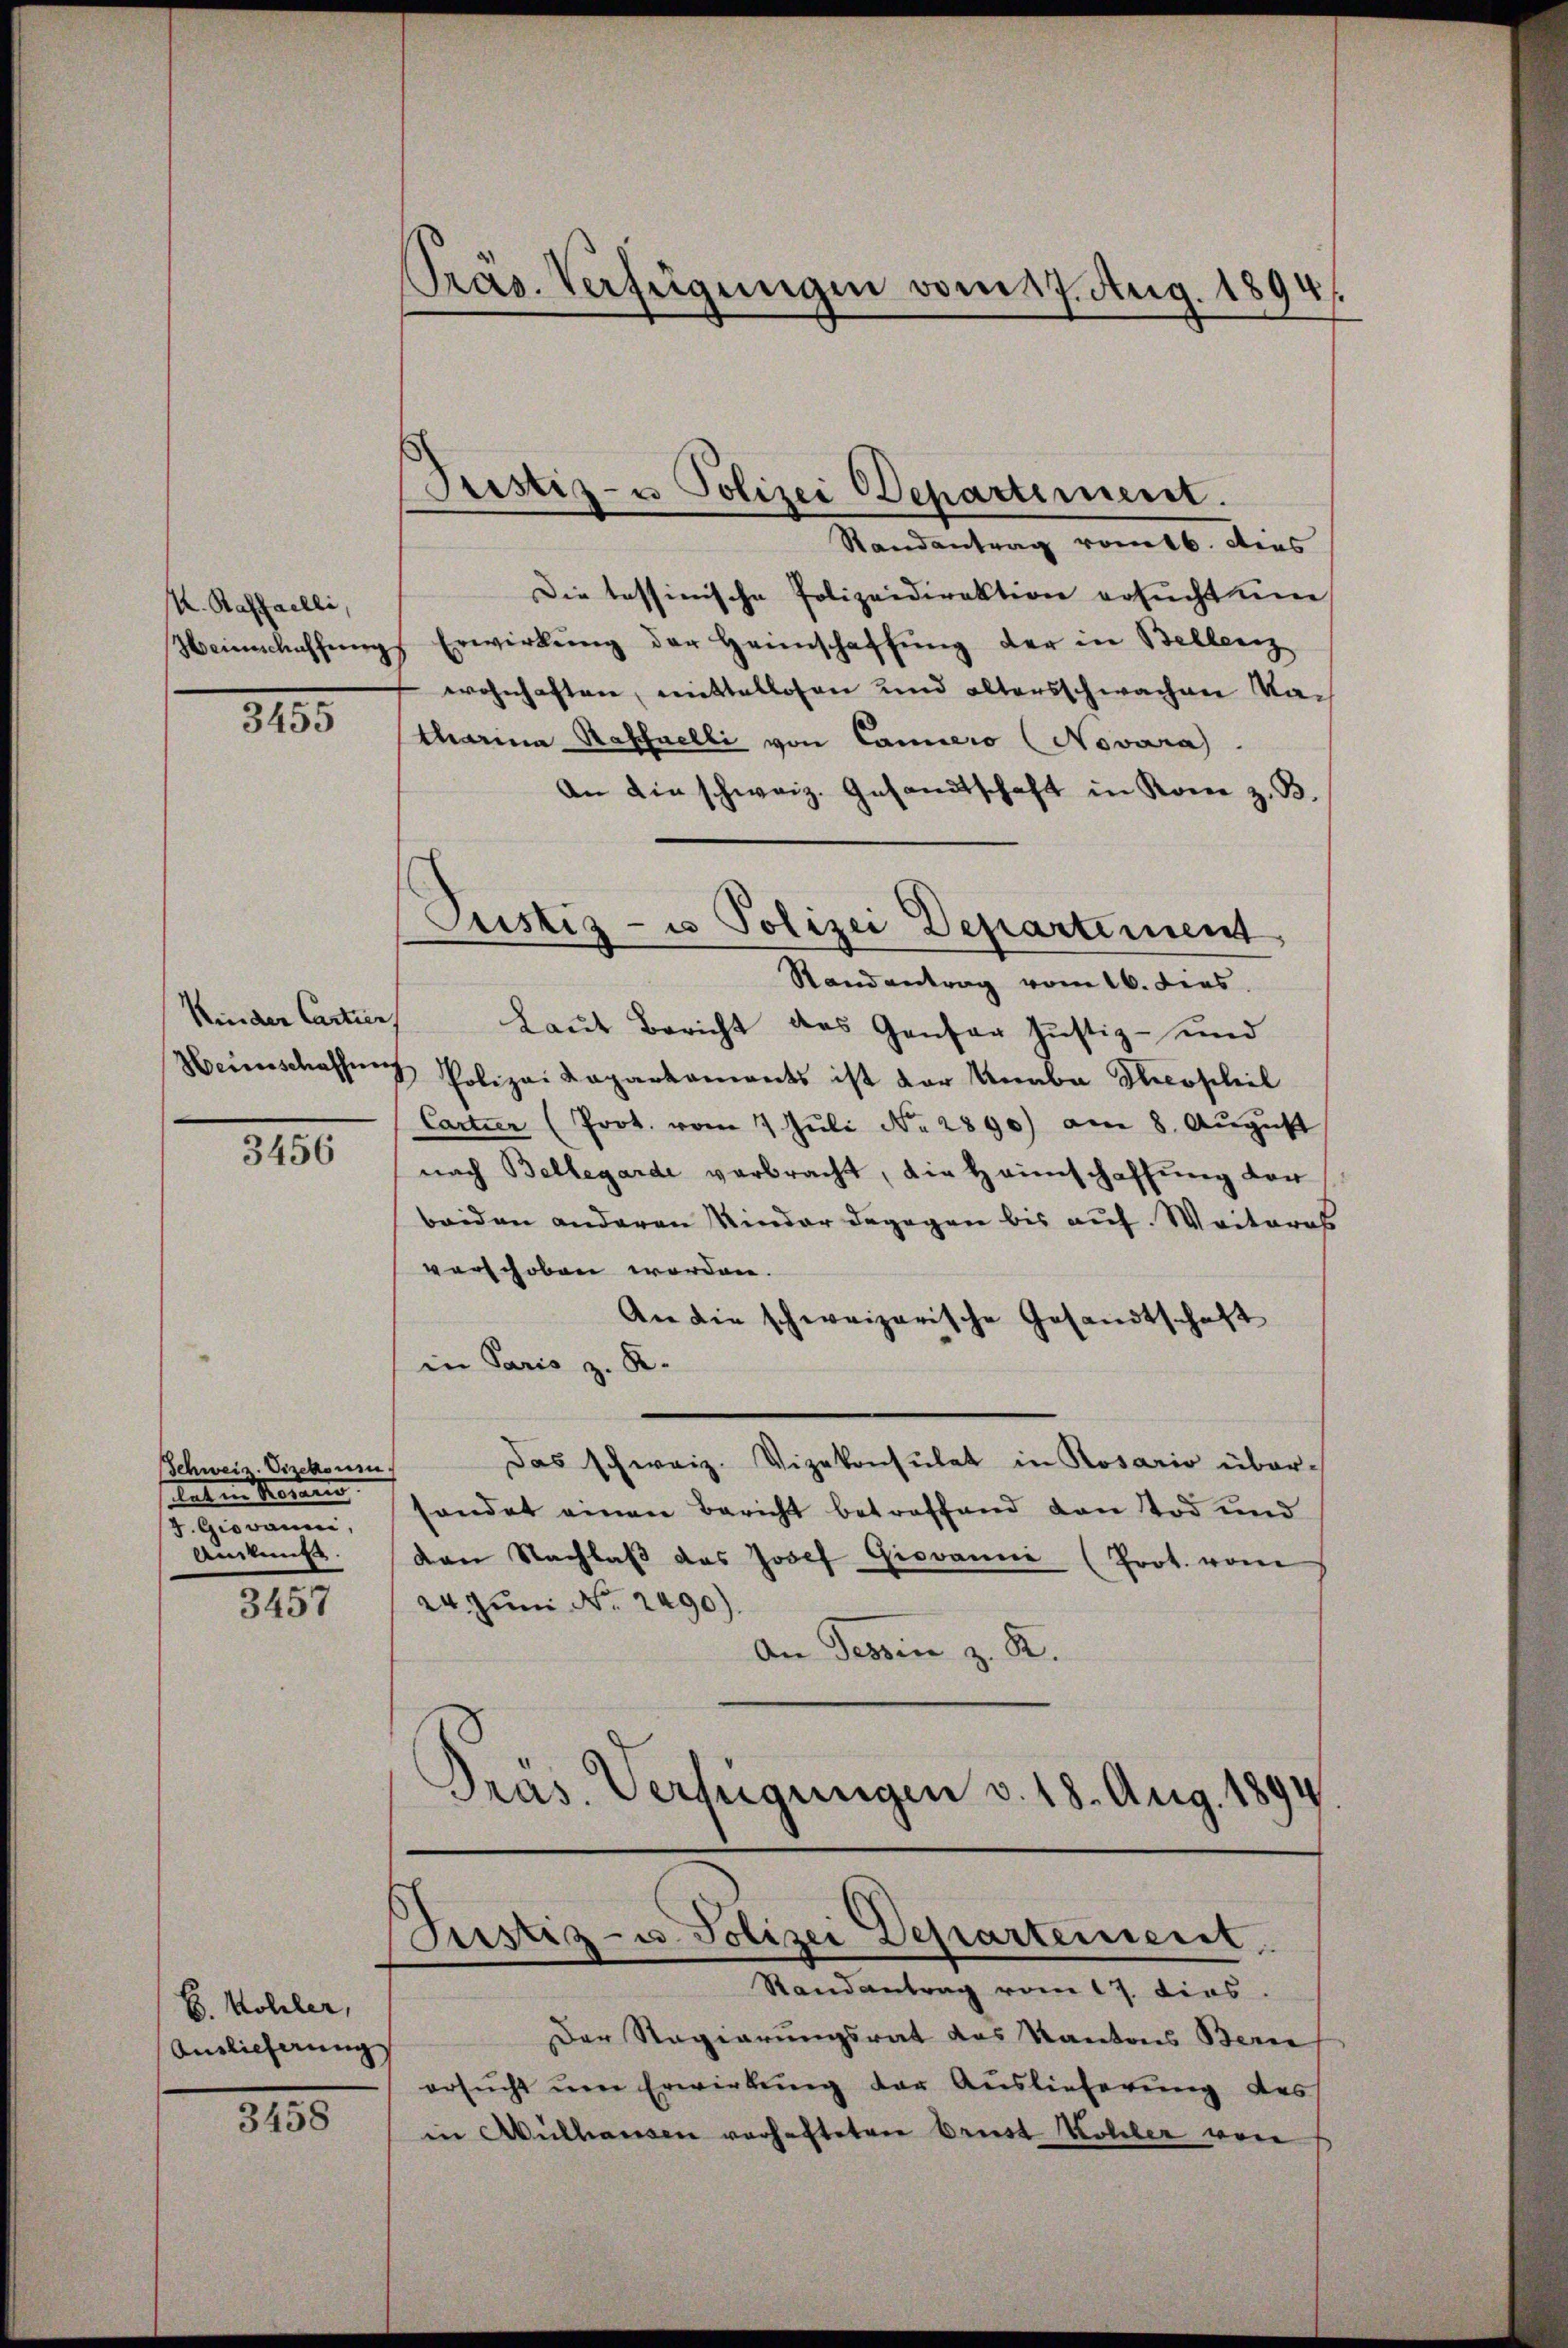
K. Raffaelli,
Weinschaffere

3455

Kinder Cartier
Heunschaffen

3456

Schweiz. Vizekonin.
tat in Voran
J. Giovanni,
Andung.

3457

B. Kohler,
Auslieferung

3458

Präs. Verfügungen vom 17. Aug. 1894.

Pristiz- u Polizei Departement.

Randantrag romtb. dies
Die tessinische Polizeidirektion ersuchtene
 Erwirkŭng der Heimschaffŭng der in Bellenz
wohnhaften, mittellosen und altersschwachen Vatharina Raffnelli von Camero (Novara
An die schweiz. Gesandtschaft in Rom z. B.
Randantrag vom 16. dies
Laut Bericht des Genfer Justiz- und
 Polizei Kaparkaments ist der Unaba Nicosiliel
Cartier (Prot. vom 1. Jŭli No 2890) am 8. Aŭgŭst
nach Bellegarde verbracht, die Heimschaffung der
beiden anderen Kinder dagegen bis auf. Weiteres
verschoben worden.
An die schweizerische Gesandtschaft
in Paris z. R.
Das schweiz. Vizekonsulat in Rosario übersendet einen Bericht betreffend den Tod und
den Nachlaβ das Josef Giovanni (Prot. vom
24. Juni No. 2490).
An Tessin z. R.
Präs. Verfügungen v. 18. Aug. 1894
.

Justiz- u Polizei Departement

Justiz- u. Polizei Departement
Randantrag vom 17. dies

Der Regierungsrat des Kantons Berne
ersŭcht ŭm Erwirkŭng der Auslieferung des
in Aulhausen verhaftetere Brust Koller von